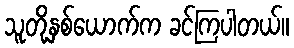
သူတို့နှစ်ယောက်က ခင်ကြပါတယ်။